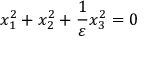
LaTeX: x _ { 1 } ^ { 2 } + x _ { 2 } ^ { 2 } + { \frac { 1 } { \varepsilon } } x _ { 3 } ^ { 2 } = 0